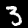
Digit: 3